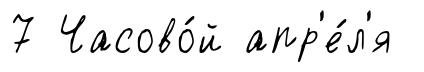
7 Часово́й апр'е́л'я